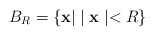
\begin{align*}B_{R} = \left \{ {\bf x} | \mid {\bf x} \mid < R \right \}\end{align*}